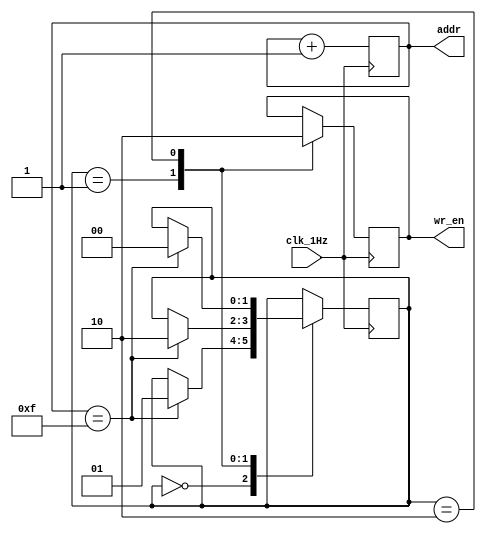
// This program was cloned from: https://github.com/FPGADude/Digital-Design
// License: GNU General Public License v3.0

`timescale 1ns / 1ps

module rom_control(
    input clk_1Hz, 
    output [3:0] addr,
    output reg wr_en
    );
    
    reg [3:0] addr_ctr = 0;             // 4-bit Counter

    // Counter Control Logic
    always @(posedge clk_1Hz)
        addr_ctr <= addr_ctr + 1;
    
    // State Machine Parameters
    parameter READ_ROM  = 2'b00;
    parameter WRITE_RAM = 2'b01;
    parameter READ_RAM  = 2'b10;
    
    reg [1:0] state_reg = READ_ROM;     // State Register
    
    // Next State Logic
    always @(posedge clk_1Hz) begin
        case(state_reg)
            READ_ROM  :     if(addr_ctr == 15) state_reg <= WRITE_RAM;
            
            WRITE_RAM : begin
                            wr_en = 1'b1;
                            if(addr_ctr == 15) state_reg <= READ_RAM;
                        end
            
            READ_RAM  : begin
                            wr_en = 1'b0;
                            if(addr_ctr == 15) state_reg <= READ_ROM;
                        end    
        endcase
    end
    
    assign addr = addr_ctr;
    
endmodule